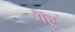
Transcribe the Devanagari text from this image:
गैंहूं